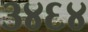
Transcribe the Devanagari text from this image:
३४६४